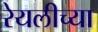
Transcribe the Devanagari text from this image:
रेयलीच्या